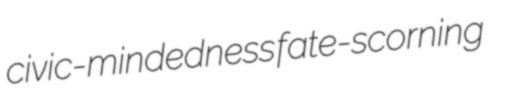
civic-mindedness fate-scorning